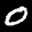
Label: 0